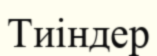
Тиіндер